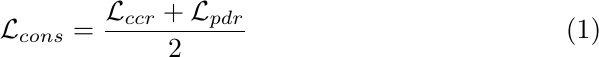
\begin{equation}
    \mathcal{L}_{cons} = \frac{\mathcal{L}_{ccr} + \mathcal{L}_{pdr}}{2}
\end{equation}